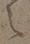
之